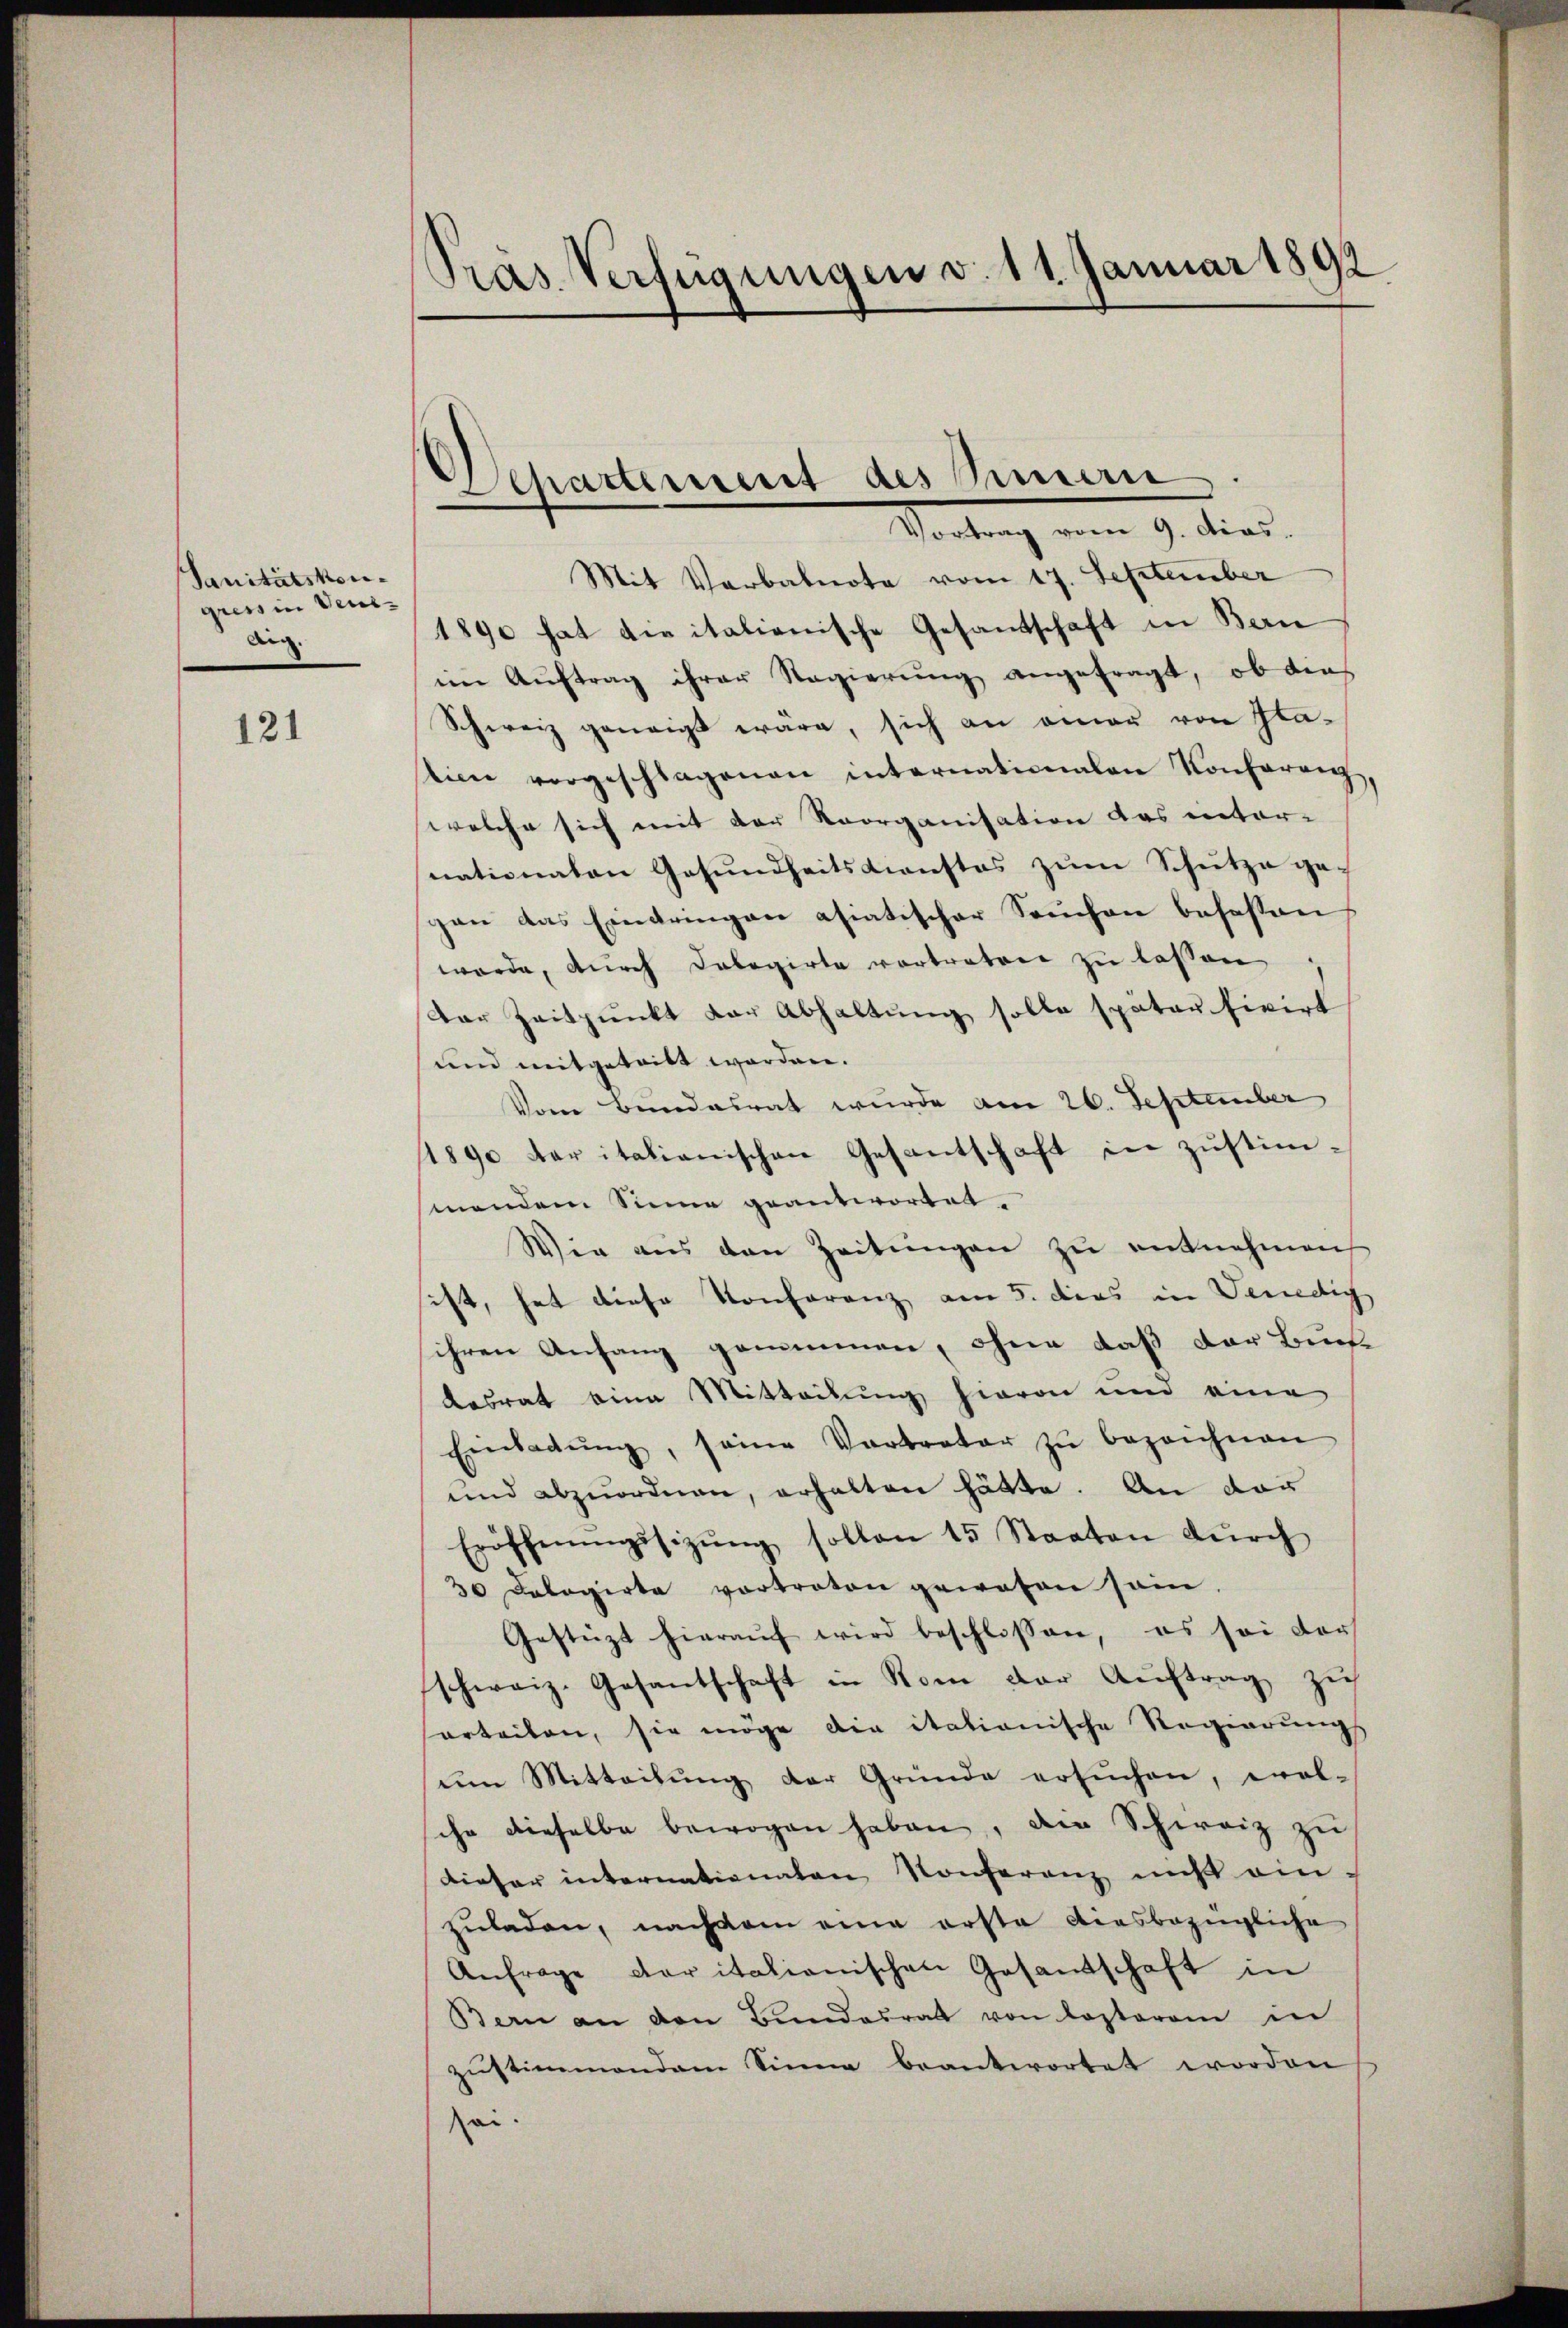
Sanitätskon-
gress in Veni¬
Aig.

121

Pras Verfügungen v. 11. Januar 1892

Chartement des Sinnern
Vertrag von 9. dies

Mit Verbalnote vom 17. September
1890 hat die italienische Gesandschaft in Bern
im Aŭftrag ihrer Regierŭng angefragt, ob der
Schweiz geneigt wäre, sich an einer von Gla-
tion vorgeschlagenen internationalen Konferenz
welche sich mit der Reorganisation das internationaten Gesundheitsdienstes zum Schütze gegen das Eindringen asiatischer Seuchen befassen
werde, durch dabogirte vortraten zu lassen
Dar Zeitpunkt der Abhaltŭng solle spater fivirt
und mitgeteilt worden.
Vom Bundesrat wurde am 26. September
1890 der italienischen Gesantschaft in zustimsinendem Sinne geantwortet.
Wie aus den Zeitŭngen zŭ entnehmen
sist, hat diese Konferenz am 5. dies in Genedig
ihren Anfang gommmen, ohne daß der Buche
desrat eine Mitteilung hievon und eine
Einladŭng, seine Vertreter zŭ bezeichnen
und abzuordnen, erhalten hätte. An dar
Eröffnungssizŭng sollen 15 Staaten dŭrch
30 Dalogirte vortraten gewesen sein.
Gestüzt hieraŭf wird beschlossen, es sei der
schweiz. Gesantschaft in Rom der Auftrag, zie
orteilen, sie möge die itationische Regierung
um Mitteilŭng der Gründe ersŭchen, evol-
ihr dieselbe bewogen haben, die Schweiz zu
dieser internationaten Konferenz nicht ein-
zuladen, nachdem eine erste diesbezügliche
Anfrage der italienischen Gesandschaft in
Bern an den Bundesrat von Lostrom in
zŭstimmendem Sinne beantwortet worden,
ei.